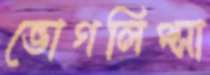
ভোগলিপ্সা